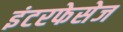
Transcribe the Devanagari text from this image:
इंटरफेसेज